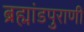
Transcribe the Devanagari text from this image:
ब्रह्मांडपुराणी